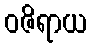
ဝဇိရာယ